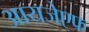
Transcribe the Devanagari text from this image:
आयजेएफ